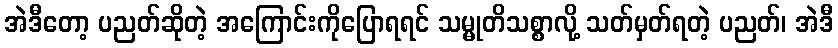
အဲဒီတော့ ပညတ်ဆိုတဲ့ အကြောင်းကိုပြောရရင် သမ္မုတိသစ္စာလို့ သတ်မှတ်ရတဲ့ ပညတ်၊ အဲဒီ